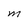
Character: M